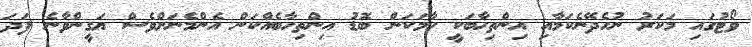
ވޯޓުގައި މަކަރު ނުހެދޭނެކަމާއި އިންތިހާބަކީ ހާމަކަން ބޮޑު އިންތިހާބެއްކަން އެންމެނަށްވެސް ޔަގީންވާނެ ފަދަ